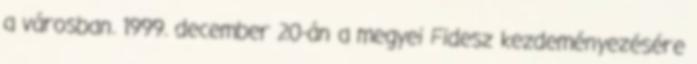
a városban. 1999. december 20-án a megyei Fidesz kezdeményezésére